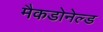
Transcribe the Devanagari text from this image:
मैकडोनेल्ड